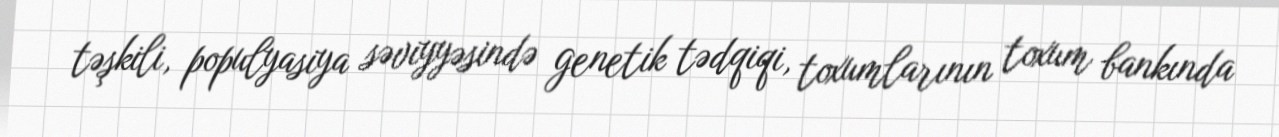
təşkili, populyasiya səviyyəsində genetik tədqiqi, toxumlarının toxum bankında